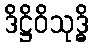
ဒိဋ္ဌိဝိသုဒ္ဓိ